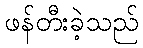
ဖန်တီးခဲ့သည်